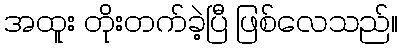
အထူး တိုးတက်ခဲ့ပြီ ဖြစ်လေသည်။